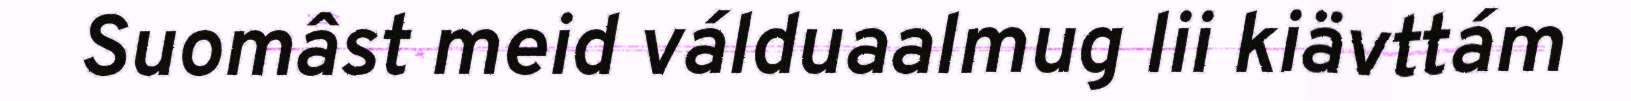
Suomâst meid válduaalmug lii kiävttám